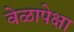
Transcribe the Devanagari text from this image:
वेळापेक्षा